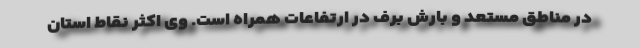
در مناطق مستعد و بارش برف در ارتفاعات همراه است. وی اکثر نقاط استان